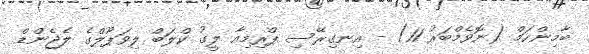
ބާމިންހަމް (ނޮވެމްބަރު 11) - އިނގިރޭސި ޕްރިމިއާ ލީގު ކްލަބް ލިވަޕޫލްގެ ލެޖެންޑް